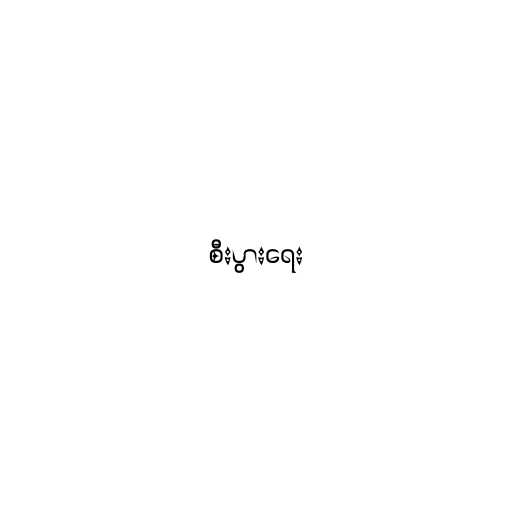
စီးပွားရေး